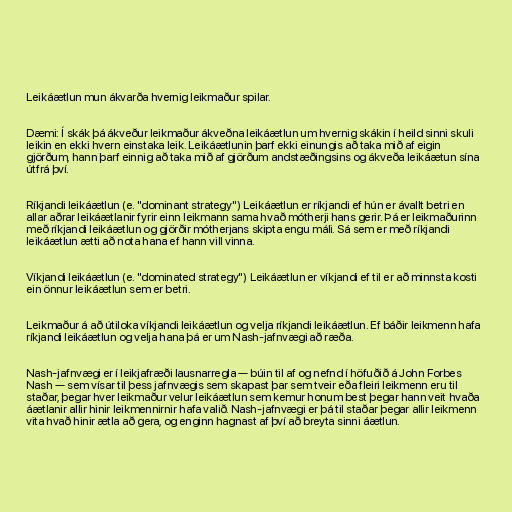
Leikáætlun mun ákvarða hvernig leikmaður spilar.

Dæmi: Í skák þá ákveður leikmaður ákveðna leikáætlun um hvernig skákin í heild sinni skuli
leikin en ekki hvern einstaka leik. Leikáætlunin þarf ekki einungis að taka mið af eigin
gjörðum, hann þarf einnig að taka mið af gjörðum andstæðingsins og ákveða leikáætun sína
útfrá því.

Ríkjandi leikáætlun (e. "dominant strategy") Leikáætlun er ríkjandi ef hún er ávallt betri en
allar aðrar leikáætlanir fyrir einn leikmann sama hvað mótherji hans gerir. Þá er leikmaðurinn
með ríkjandi leikáætlun og gjörðir mótherjans skipta engu máli. Sá sem er með ríkjandi
leikáætlun ætti að nota hana ef hann vill vinna.

Víkjandi leikáætlun (e. "dominated strategy") Leikáætlun er víkjandi ef til er að minnsta kosti
ein önnur leikáætlun sem er betri.

Leikmaður á að útiloka víkjandi leikáætlun og velja ríkjandi leikáætlun. Ef báðir leikmenn hafa
ríkjandi leikáætlun og velja hana þá er um Nash-jafnvægi að ræða.

Nash-jafnvægi er í leikjafræði lausnarregla — búin til af og nefnd í höfuðið á John Forbes
Nash — sem vísar til þess jafnvægis sem skapast þar sem tveir eða fleiri leikmenn eru til
staðar, þegar hver leikmaður velur leikáætlun sem kemur honum best þegar hann veit hvaða
áætlanir allir hinir leikmennirnir hafa valið. Nash-jafnvægi er þá til staðar þegar allir leikmenn
vita hvað hinir ætla að gera, og enginn hagnast af því að breyta sinni áætlun.